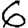
Digit: 6